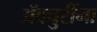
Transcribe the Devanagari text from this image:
ॲक्चुरींना